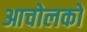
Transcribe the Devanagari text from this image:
आचोलकों